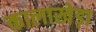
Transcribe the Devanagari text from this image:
कालाखेड़ा